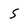
Character: s